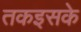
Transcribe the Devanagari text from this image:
तकइसके